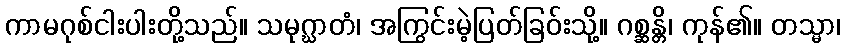
ကာမဂုစ်ငါးပါးတို့သည်။ သမုဂ္ဃာတံ၊ အကြွင်းမဲ့ပြတ်ခြဝ်းသို့။ ဂစ္ဆန္တိ၊ ကုန်၏။ တသ္မာ၊